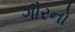
ગૌરનો